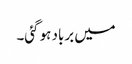
میں برباد ہو گئی۔